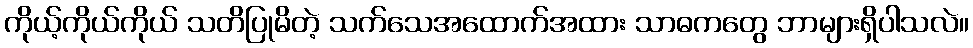
ကိုယ့်ကိုယ်ကိုယ် သတိပြုမိတဲ့ သက်သေအထောက်အထား သာဓကတွေ ဘာများရှိပါသလဲ။